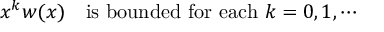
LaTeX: x ^ { k } w ( x ) \ \ \mathrm { ~ i s ~ b o u n d e d ~ f o r ~ e a c h } \ k = 0 , 1 , \cdots